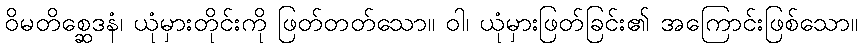
ဝိမတိစ္ဆေဒနံ၊ ယုံမှားတိုင်းကို ဖြတ်တတ်သော။ ဝါ၊ ယုံမှားဖြတ်ခြင်း၏ အကြောင်းဖြစ်သော။